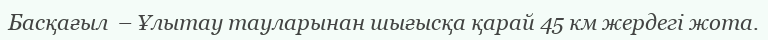
Басқағыл  – Ұлытау тауларынан шығысқа қарай 45 км жердегі жота.